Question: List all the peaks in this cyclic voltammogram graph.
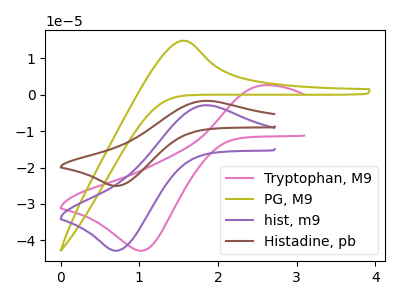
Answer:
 <answer>The pink curve "Tryptophan, M9" has an anodic peak at (2.60V, 2.60uA) and a cathodic peak at (1.05V, -42.85uA). The olive curve "PG, M9" has an anodic peak at: (1.55V, 14.85uA). The purple curve "hist, m9" has an anodic peak at (1.85V, -2.90uA) and a cathodic peak at (0.70V, -42.85uA). The brown curve "Histadine, pb" has an anodic peak at (1.85V, -1.70uA) and a cathodic peak at (0.70V, -25.05uA).</answer>
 <eval></eval>